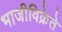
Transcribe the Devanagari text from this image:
भाजीविक्रेते